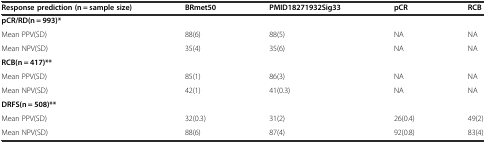
<table><thead><tr><td><b>Response prediction (n = sample size)</b></td><td><b>BRmet50</b></td><td><b>PMID18271932Sig33</b></td><td><b>pCR</b></td><td><b>RCB</b></td></tr></thead><tbody><tr><td><b>pCR/RD(n = 993)*</b></td><td></td><td></td><td></td><td></td></tr><tr><td>Mean PPV(SD)</td><td>88(6)</td><td>88(5)</td><td>NA</td><td>NA</td></tr><tr><td>Mean NPV(SD)</td><td>35(4)</td><td>35(6)</td><td>NA</td><td>NA</td></tr><tr><td><b>RCB(n = 417)**</b></td><td></td><td></td><td></td><td></td></tr><tr><td>Mean PPV(SD)</td><td>85(1)</td><td>86(3)</td><td>NA</td><td>NA</td></tr><tr><td>Mean NPV(SD)</td><td>42(1)</td><td>41(0.3)</td><td>NA</td><td>NA</td></tr><tr><td><b>DRFS(n = 508)**</b></td><td></td><td></td><td></td><td></td></tr><tr><td>Mean PPV(SD)</td><td>32(0.3)</td><td>31(2)</td><td>26(0.4)</td><td>49(2)</td></tr><tr><td>Mean NPV(SD)</td><td>88(6)</td><td>87(4)</td><td>92(0.8)</td><td>83(4)</td></tr></tbody></table>